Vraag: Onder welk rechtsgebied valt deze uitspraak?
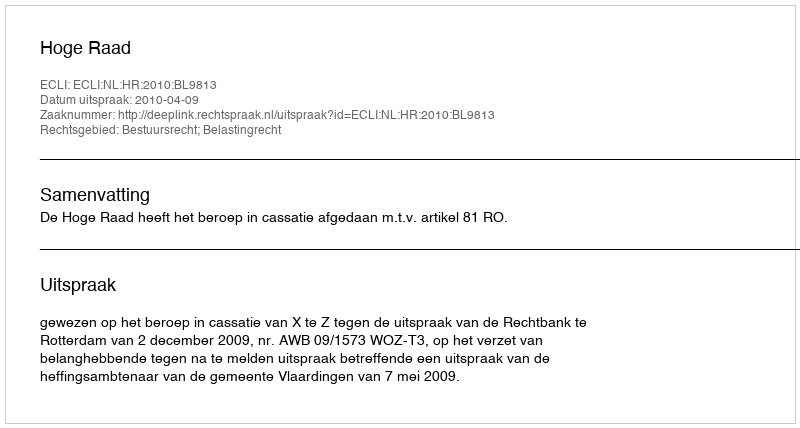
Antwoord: Bestuursrecht; Belastingrecht